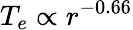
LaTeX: T_{e}\propto r^{-0.66}